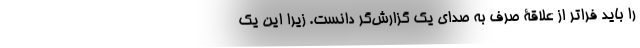
را باید فراتر از علاقۀ صِرف به صدای یک گزارش‌گر دانست. زیرا این یک